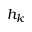
h _ { k }